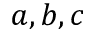
a , b , c